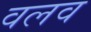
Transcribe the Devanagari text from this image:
वलव